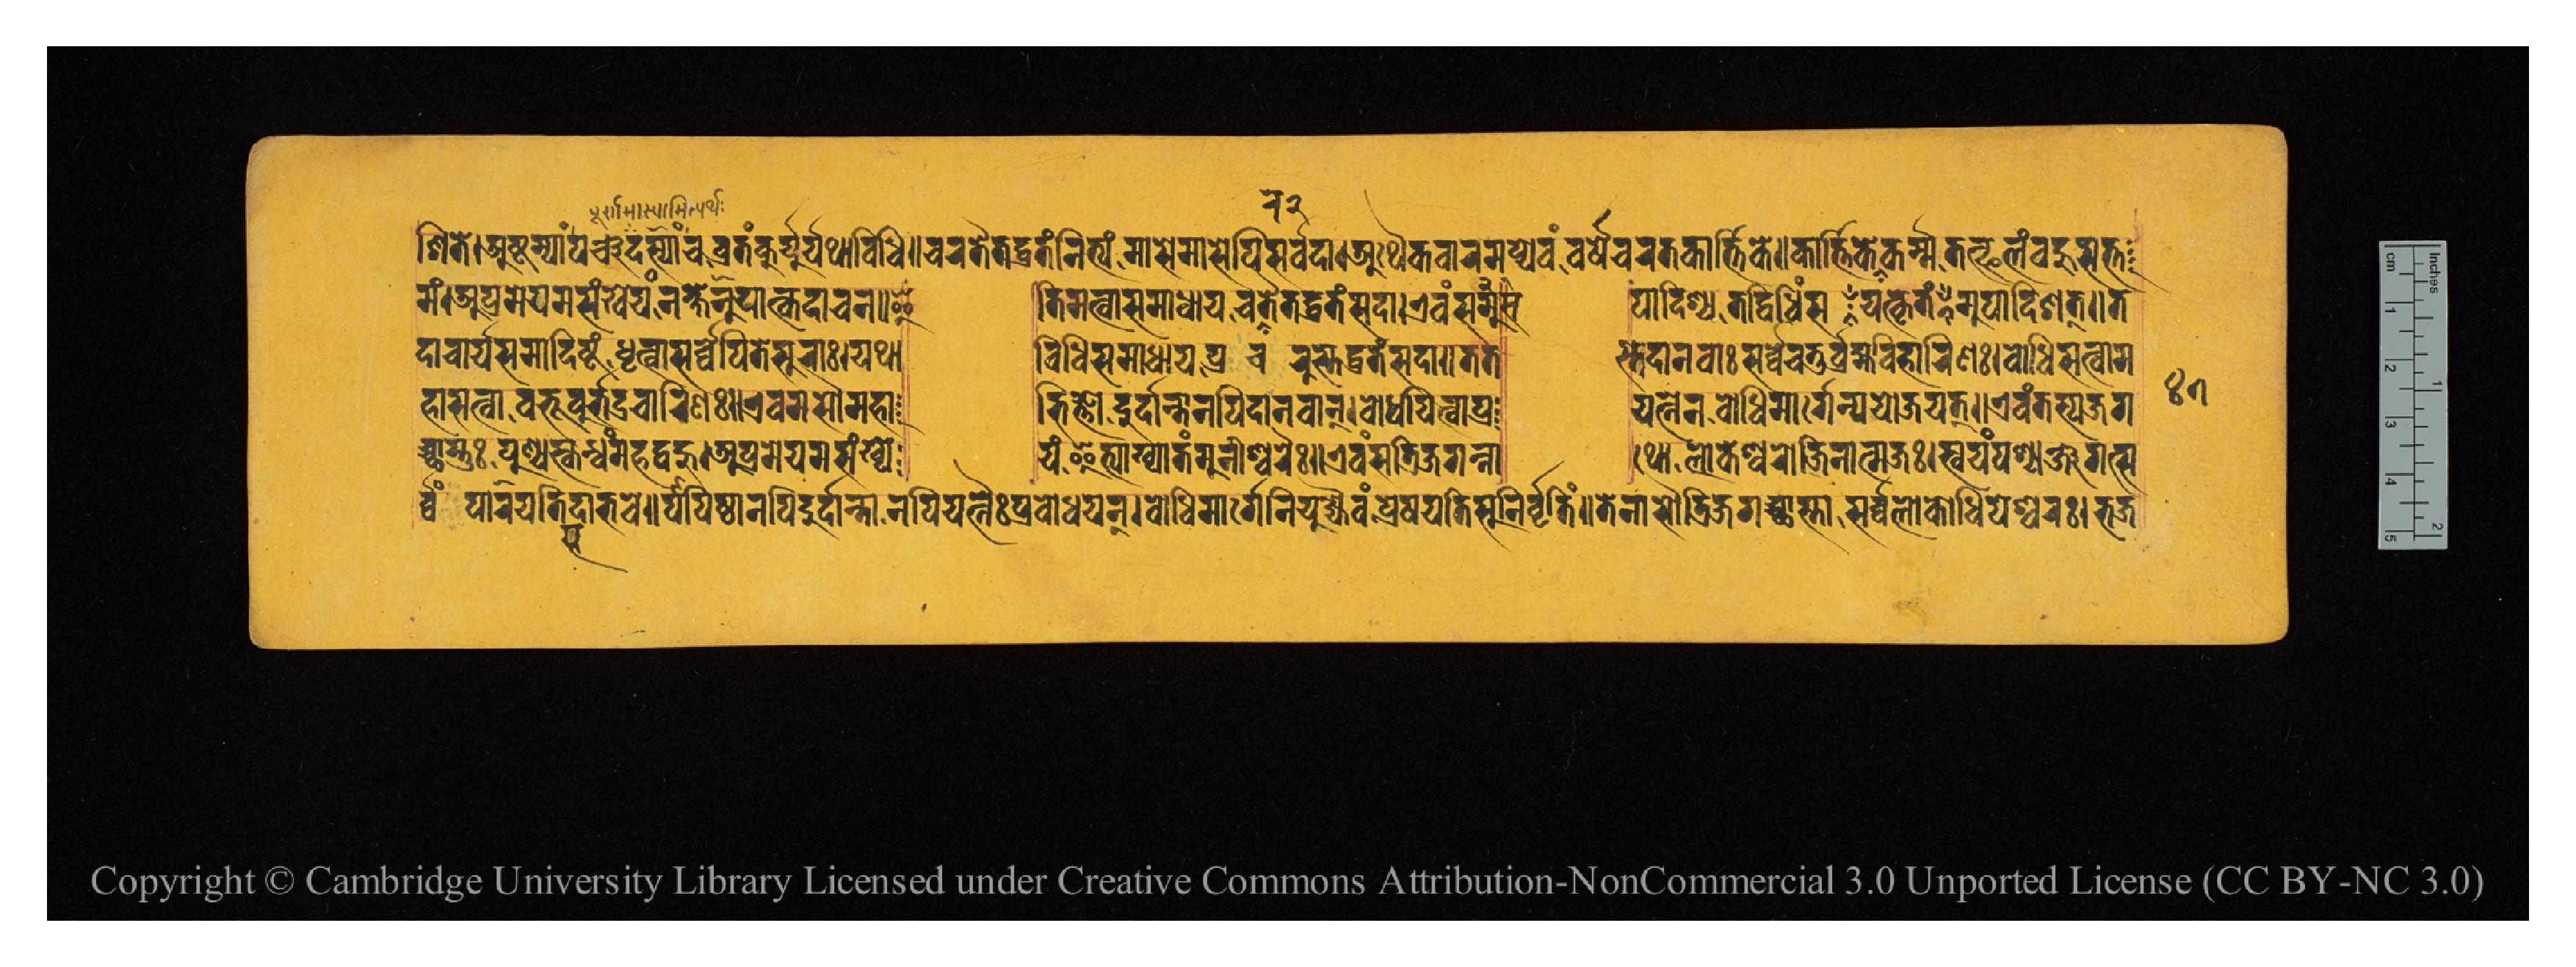
𑐞𑐶𑐟𑐾𑑋𑐀𑐲𑑂𑐚𑐩𑑂𑐫𑐵𑑄𑐥𑐘𑑂𑐔𑐡𑐱𑑂𑐫𑐵𑐘𑑂𑐔𑐰𑑂𑐬𑐟𑑄𑐎𑐸𑐬𑑂𑐫𑐸𑐬𑑂𑐫𑐠𑐵𑐰𑐶𑐢𑐶𑑌𑐔𑐬𑐟𑐿𑐟𑐡𑐰𑑂𑐬𑐟𑑄𑐣𑐶𑐟𑑂𑐫𑑄𑐩𑐵𑐳𑐾𑐩𑐵𑐳𑐾𑐥𑐶𑐳𑐬𑑂𑐰𑑂𑐰𑐡𑐵𑑋𑐀𑐠𑐿𑐎𑐰𑐵𑐬𑐩𑐥𑑂𑐫𑐾𑐰𑑄𑐰𑐬𑑂𑐲𑐾𑐔𑐬𑐟𑑂𑐎𑐵𑐬𑑂𑐟𑐶𑐎𑐾𑑌𑐎𑐵𑐬𑑂𑐟𑐶𑐎𑐾𑐫𑐫𑑂𑐎𑐺𑐟𑑄𑐎𑐬𑑂𑐩𑐟𑐟𑑂𑐦𑐮𑑄𑐧𑐴𑐸𑐳𑐟𑑂𑐟 𑐩𑑄𑑋𑐀𑐥𑑂𑐬𑑂𑐩𑐾𑐫𑐩𑐳𑑄𑐏𑑂𑐫𑐾𑐫𑑄𑐣𑐎𑑂𑐲𑐞𑐸𑐫𑐵𑐟𑐎𑐡𑐵𑐔𑐣𑑌𑐂  𑐟𑐶𑐩𑐟𑑂𑐰𑐵𑐳𑐩𑐵𑐢𑐵𑐫𑐔𑐬𑐟𑐿𑐟𑐡𑑂𑐰𑑂𑐬𑐟𑑄𑐳𑐡𑐵𑑋𑐊𑐰𑑄𑐳𑐳𑐩𑐸  𑐥𑐵𑐡𑐶𑐱𑑂𑐫𑐟𑐡𑑂𑐰𑐶𑐢𑐶𑑄𑐳𑐫𑐟𑑂𑐎𑐺𑐟𑑄𑐩𑐹𑐥𑐵𑐡𑐶𑐞𑐟𑑂𑑌𑐟 𑐡𑐵𑐔𑐵𑐬𑑂𑐫𑐳𑐩𑐵𑐡𑐶𑐲𑑂𑐚𑑄𑐢𑐺𑐟𑑂𑐰𑐵𑐳𑐬𑑂𑐰𑑂𑐰𑐾𑐥𑐶𑐟𑐾𑐳𑐸𑐬𑐵𑑅𑑋𑐫𑐠𑐵  𑐰𑐶𑐢𑐶𑐳𑐩𑐵𑐢𑐵𑐫𑐥𑑂𑐬𑐾𑐔𑐶𑐬𑐸𑐳𑑂𑐟𑐡𑐰𑑂𑐬𑐟𑑄𑐳𑐡𑐵𑑌𑐟𑐟  𑐳𑑂𑐟𑐾𑐡𑐵𑐣𑐰𑐵𑑅𑐳𑐬𑑂𑐰𑑂𑐰𑐾𑐔𑐟𑐸𑐬𑑂𑐧𑑂𑐬𑐴𑑂𑐩𑐰𑐶𑐴𑐵𑐬𑐶𑐞𑑅𑑋𑐧𑑀𑐢𑐶𑐳𑐟𑑂𑐰𑐵𑐩 𑐴𑐵𑐳𑐟𑑂𑐰𑐵𑐧𑐨𑐹𑐰𑐸𑐬𑑂𑐨𑐡𑑂𑐬𑐔𑐵𑐬𑐶𑐞𑑅𑑌𑐊𑐰𑐩𑐳𑑁𑐩𑐴𑐵  𑐨𑐶𑐖𑑂𑐘𑑀𑐡𑐸𑐬𑑂𑐡𑐵𑐣𑑂𑐟𑐵𑐣𑐥𑐶𑐡𑐵𑐣𑐰𑐵𑐣𑑂𑑋𑐧𑑀𑐢𑐫𑐶𑐟𑑂𑐰𑐵𑐥𑑂𑐬  𑐫𑐟𑑂𑐣𑐾𑐣𑐧𑑀𑐢𑐶𑐩𑐵𑐬𑑂𑐐𑐾𑐥𑑂𑐬𑐫𑑀𑐖𑐫𑐾𑐟𑑂𑑌𑐊𑐰𑑄𑐟𑐳𑑂𑐫𑐖𑐐 𑐔𑑂𑐕𑐵𑐳𑑂𑐟𑐸𑑅𑐥𑐸𑐞𑑂𑐫𑐳𑑂𑐎𑐣𑑂𑐢𑑄𑐩𑐴𑐡𑑂𑐧𑐴𑐸𑑋𑐀𑐥𑑂𑐬𑐩𑐾𑐫𑐩𑐳𑑄𑐏𑑂𑐫𑐾  𑐫𑑄𑐂𑐟𑑂𑐫𑐵𑐏𑑂𑐫𑐵𑐟𑑄𑐩𑐸𑐣𑐷𑐱𑑂𑐰𑐬𑐿𑑅𑑋𑐊𑐰𑑄𑐳𑐟𑑂𑐬𑐶𑐖𑐐𑐣𑑂𑐣𑐵  𑐠𑑀𑐮𑑀𑐎𑐾𑐱𑑂𑐰𑐬𑑀𑐖𑐶𑐣𑐵𑐟𑑂𑐩𑐖𑑅𑑋𑐳𑑂𑐰𑐫𑑄𑐥𑐱𑑂𑐫𑐣𑑂𑐖𑐐𑐟𑑂𑐳 𑐬𑑂𑐰𑑂𑐰𑑄𑐥𑐵𑐮𑐫𑐟𑐶𑐳𑐡𑐵𑐨𑐰𑐾𑑌𑐥𑐵𑐥𑐶𑐲𑑂𑐚𑐵𑐣𑐥𑐶𑐡𑐸𑐬𑑂𑐡𑐵𑐣𑑂𑐟𑐵𑐣𑐥𑐶𑐫𑐟𑑂𑐣𑐿𑑅𑐥𑑂𑐬𑐧𑑀𑐢𑐫𑐣𑑂𑑋𑐧𑑀𑐢𑐶𑐩𑐵𑐬𑑂𑐐𑐾𑐣𑐶𑐫𑐸𑐖𑑂𑐫𑐿𑐰𑑄𑐥𑑂𑐬𑐾𑐲𑐫𑐟𑐶𑐳𑐸𑐣𑐶𑐬𑑂𑐰𑐺𑐟𑐶𑑄𑑌𑐟𑐾𑐣𑐵𑐳𑑁𑐟𑑂𑐬𑐶𑐖𑐐𑐔𑑂𑐕𑐵𑐳𑑂𑐟𑐵𑐳𑐬𑑂𑐰𑑂𑐰𑐮𑑀𑐎𑐵𑐢𑐶𑐥𑐾𑐱𑑂𑐰𑐬𑑅𑑋𑐨𑐖 𑑔𑑗